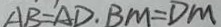
A B = A D \cdot B M = D M